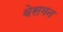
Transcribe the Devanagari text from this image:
वेसमन